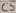
Text: C5